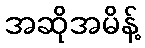
အဆိုအမိန့်